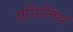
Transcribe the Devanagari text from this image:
एनिलिथ